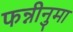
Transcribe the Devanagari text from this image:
फन्नीनुमा